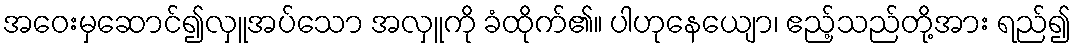
အဝေးမှဆောင်၍လှူအပ်သော အလှူကို ခံထိုက်၏။ ပါဟုနေယျော၊ ဧည့်သည်တို့အား ရည်၍